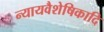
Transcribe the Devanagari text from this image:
न्यायवैशेषिकादि